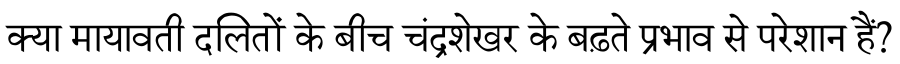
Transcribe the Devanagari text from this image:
क्या मायावती दलितों के बीच चंद्रशेखर के बढ़ते प्रभाव से परेशान हैं?